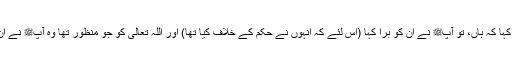
انہوں نے کہا کہ ہاں، تو آپﷺ نے ان کو بُرا کہا (اس لئے کہ انہوں نے حکم کے خلاف کیا تھا) اور اللہ تعالیٰ کو جو منظور تھا وہ آپﷺ نے ان کو سنایا۔